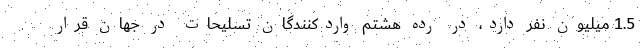
1.5 میلیون نفر دارد، در رده هشتم واردکنندگان تسلیحات در جهان قرار